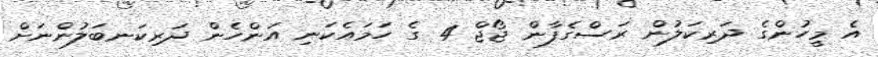
އެ މީހުންގެ ދަރިކަލުން ރަސްގެފާން ޖޯޖް 4 ގެ ހަމައެކަނި އަންހެން ދަރިކަނބަލުންނަށް